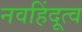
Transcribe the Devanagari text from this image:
नवहिंदूत्व